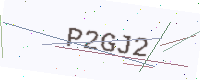
Text: P2GJ2